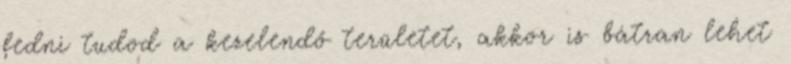
fedni tudod a kezelendő területet, akkor is bátran lehet